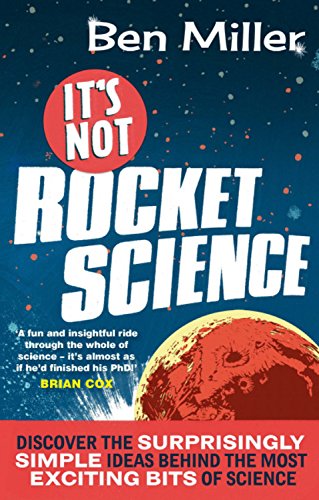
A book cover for It's Not Rocket Science: Discover the Surprisingly Simple Ideas Behind the Most Exciting Bits of Science; Ben Miller; Humor & Entertainment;